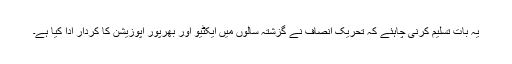
یہ بات تسلیم کرنی چاہئے کہ تحریک انصاف نے گزشتہ سالوں میں ایکٹیو اور بھرپور اپوزیشن کا کردار ادا کیا ہے۔